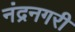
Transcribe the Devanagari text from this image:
नंद्रनगरी